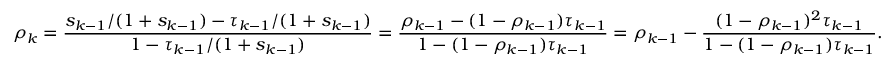
\rho _ { k } = \frac { s _ { k - 1 } / ( 1 + s _ { k - 1 } ) - \tau _ { k - 1 } / ( 1 + s _ { k - 1 } ) } { 1 - \tau _ { k - 1 } / ( 1 + s _ { k - 1 } ) } = \frac { \rho _ { k - 1 } - ( 1 - \rho _ { k - 1 } ) \tau _ { k - 1 } } { 1 - ( 1 - \rho _ { k - 1 } ) \tau _ { k - 1 } } = \rho _ { k - 1 } - \frac { ( 1 - \rho _ { k - 1 } ) ^ { 2 } \tau _ { k - 1 } } { 1 - ( 1 - \rho _ { k - 1 } ) \tau _ { k - 1 } } .